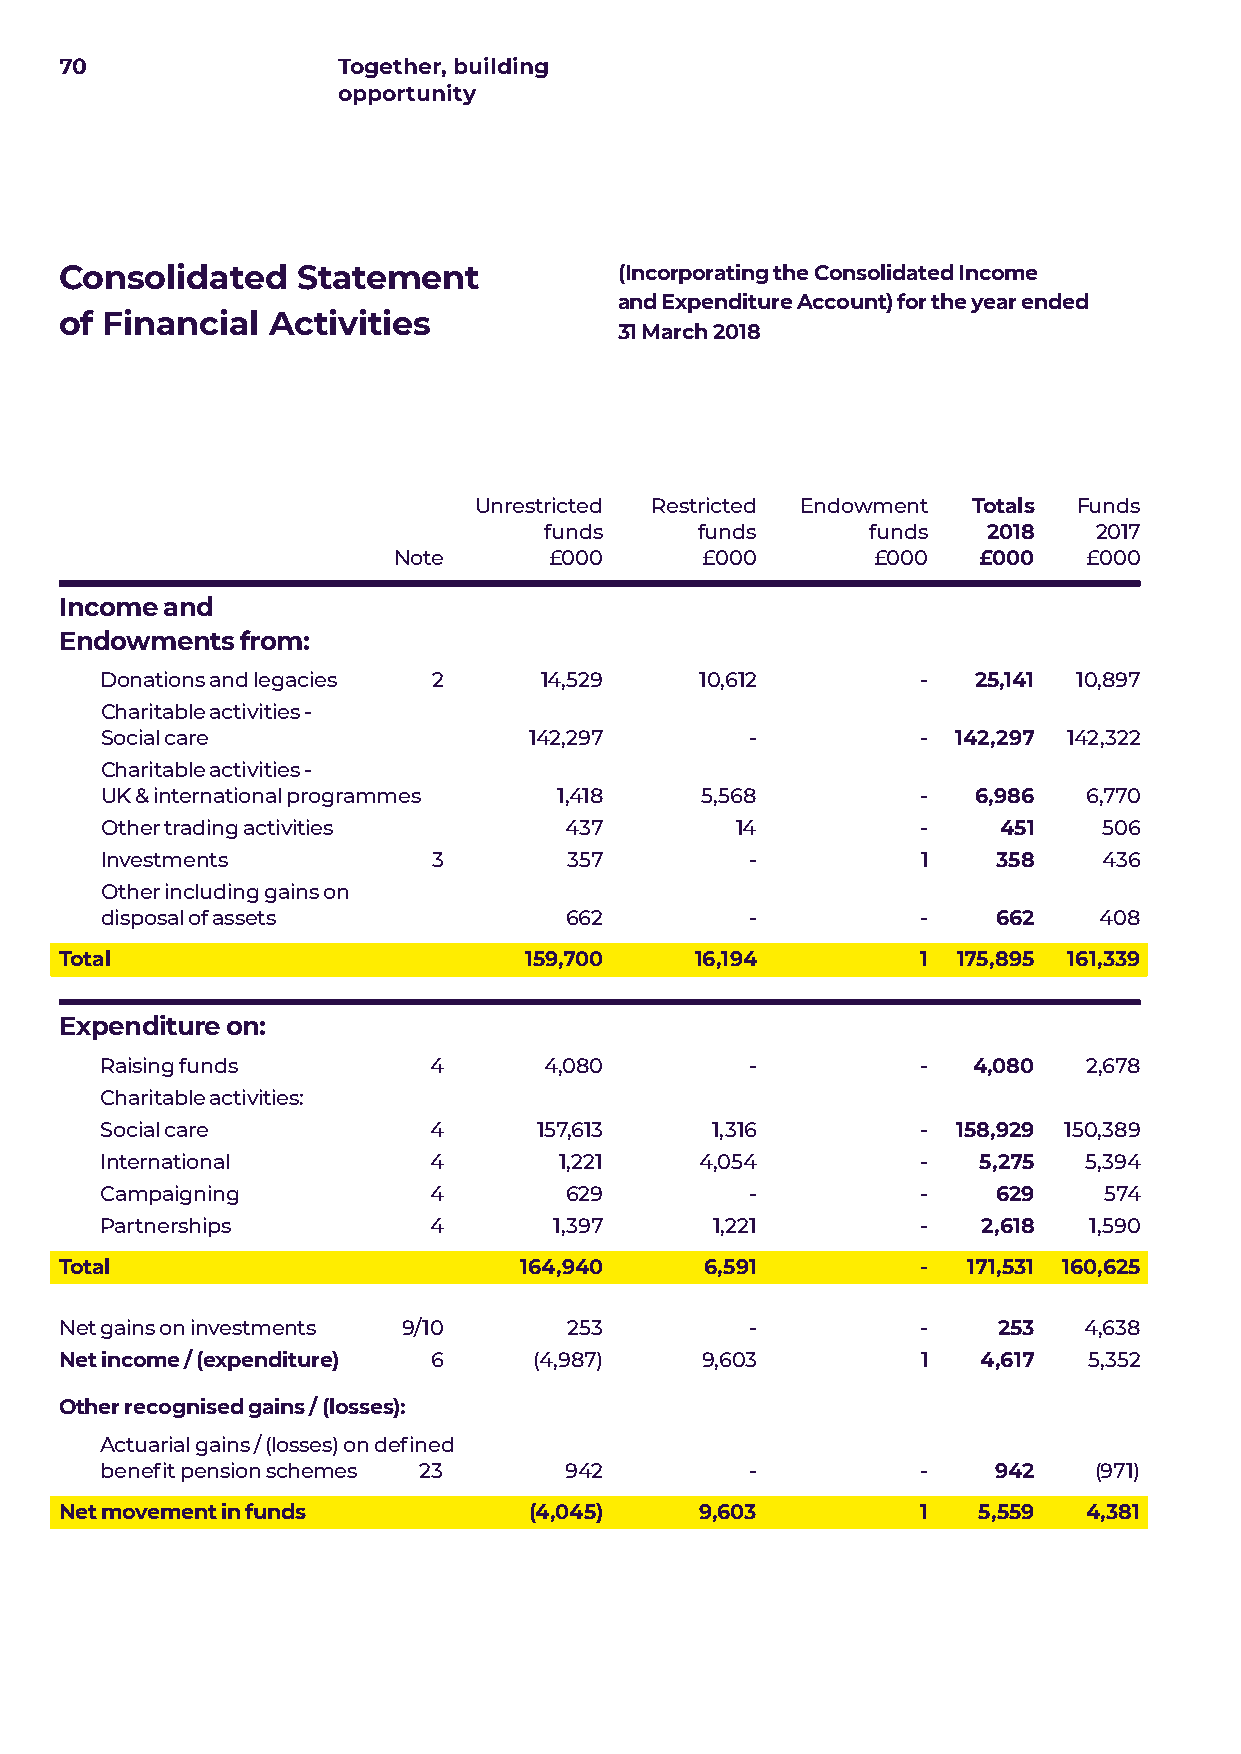
70                Together, building
 opportunity
 Consolidated    Statement            (Incorporating the Consolidated Income
 and Expenditure Account) for the year ended
 of Financial  Activities
 31 March 2018
 Unrestricted Restricted Endowment Totals Funds
 funds     funds       funds  2018    2017
 Note      £000      £000        £000   £000   £000
 Income and
 Endowments  from:
 Donations and legacies 2     14,529    10,612         -   25,141 10,897
 Charitable activities -
 Social care                 142,297        -          - 142,297 142,322
 Charitable activities -
 UK & international programmes 1,418    5,568          -   6,986  6,770
 Other trading activities      437         14          -    451    506
 Investments           3        357         -          1    358    436
 Other including gains on
 disposal of assets            662          -          -    662    408
 Total                          159,700    16,194         1 175,895 161,339
 Expenditure on:
 Raising funds        4       4,080         -          -  4,080   2,678
 Charitable activities:
 Social care          4       157,613    1,316         - 158,929 150,389
 International        4        1,221    4,054          -   5,275  5,394
 Campaigning          4        629          -          -    629    574
 Partnerships         4        1,397     1,221         -   2,618  1,590
 Total                         164,940      6,591         -  171,531 160,625
 Net gains on investments 9/10     253         -          -    253   4,638
 Net income / (expenditure) 6   (4,987)    9,603          1   4,617  5,352
 Other recognised gains / (losses):
 Actuarial gains / (losses) on defined
 benefit pension schemes 23    942          -          -    942   (971)
 Net movement in funds          (4,045)    9,603          1   5,559  4,381